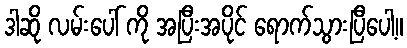
ဒါဆို လမ်းပေါ် ကို အပြီးအပိုင် ရောက်သွားပြီပေါ့။